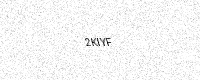
Text: 2KIYF